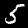
Digit: 5